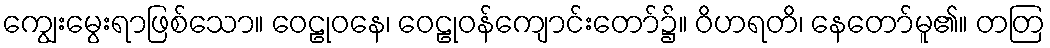
ကျွေးမွေးရာဖြစ်သော။ ဝေဠုဝနေ၊ ဝေဠုဝန်ကျောင်းတော်၌။ ဝိဟရတိ၊ နေတော်မူ၏။ တတြ